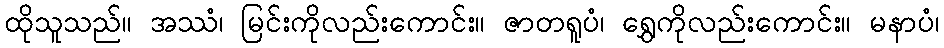
ထိုသူသည်။ အဿံ၊ မြင်းကိုလည်းကောင်း။ ဇာတရူပံ၊ ရွှေကိုလည်းကောင်း။ မနာပံ၊